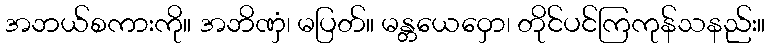
အဘယ်စကားကို။ အဘိဏှံ၊ မပြတ်။ မန္တယေဝှော၊ တိုင်ပင်ကြကုန်သနည်း။